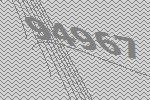
94967